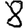
Digit: 8